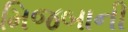
મિજબાની